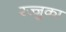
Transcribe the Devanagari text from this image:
रज्जुका